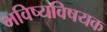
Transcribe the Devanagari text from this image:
भविष्यविषयक